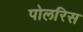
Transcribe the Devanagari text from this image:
पोलरिस